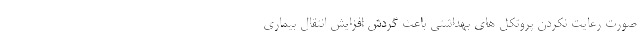
صورت رعایت نکردن پروتکل های بهداشتی باعث گردش افزایش انتقال بیماری